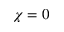
\chi = 0